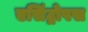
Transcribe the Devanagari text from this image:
एसिंट्रोपस